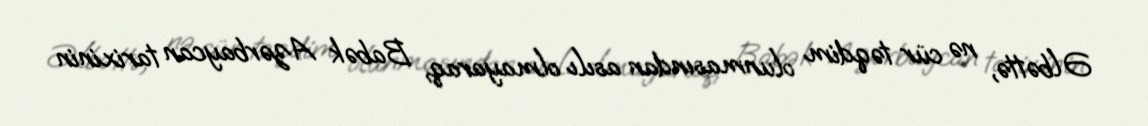
Əlbəttə, nə cür təqdim olunmasından asılı olmayaraq, Babək Azərbaycan tarixinin